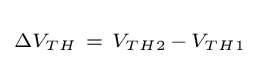
\scriptstyle \Delta V_{TH}~=~V_{TH2}\,-\,V_{TH1}